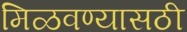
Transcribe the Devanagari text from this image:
मिळवण्यासठी